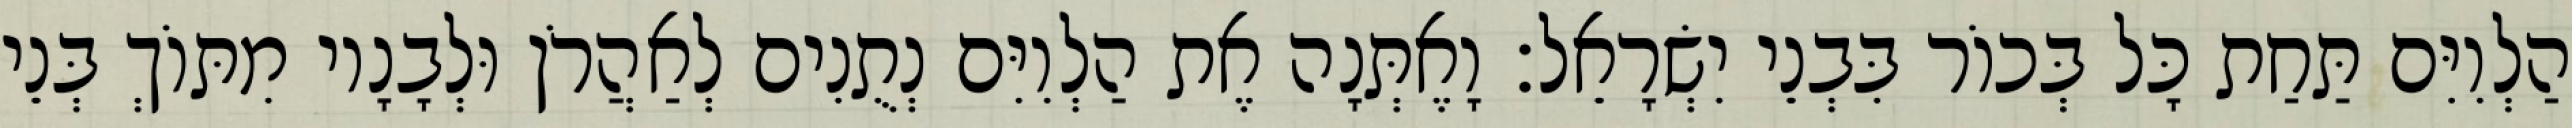
הַלְוִיִּם תַּחַת כָּל בְּכוֹר בִּבְנֵי יִשְׂרָאֵל׃ וָאֶתְּנָה אֶת הַלְוִיִּם נְתֻנִים לְאַהֲרֹן וּלְבָנָיו מִתּוֹךְ בְּנֵי